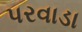
પરવાડા